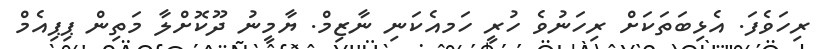
ރިހަވެފަ. އެޅިބަތަކަށް ރިހަނުވެ ހުރީ ހަމއެކަނި ނާޒިމް. ޔާމީނު ދޫކޮށްލާ މަތިން ޕިޕިއެމް